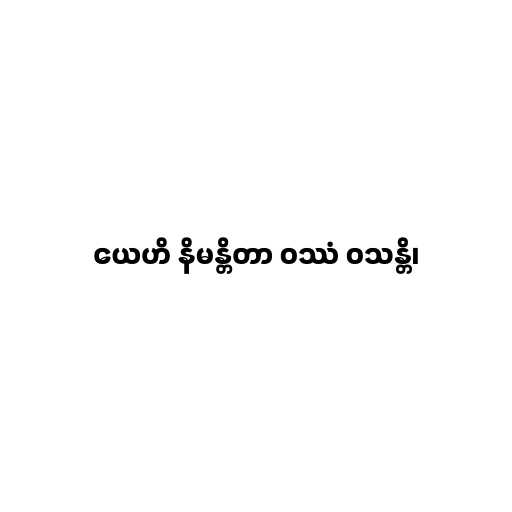
ယေဟိ နိမန္တိတာ ဝဿံ ဝသန္တိ၊